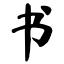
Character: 书